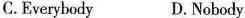
C.Everybody D. Nobody